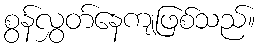
စွန်လွှတ်နေကျဖြစ်သည်။